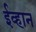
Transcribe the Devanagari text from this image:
ईव्हान